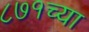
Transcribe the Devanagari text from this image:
८७१च्या